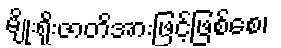
မျိုးရိုးဇာတိအားဖြင့်ဖြစ်စေ၊